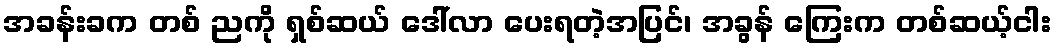
အခန်းခက တစ် ညကို ရှစ်ဆယ် ဒေါ်လာ ပေးရတဲ့အပြင်၊ အခွန် ကြေးက တစ်ဆယ့်ငါး